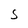
Character: S